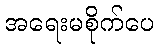
အရေးမစိုက်ပေ